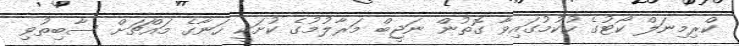
ކްރިމިނަލް ކޯޓުގެ ހުކުމުގައިވާ ގޮތުން ނަޖީބް މަރާލުމުގެ ކުށަކީ ހަނާގެ މައްޗަށް ސާބިތުވި